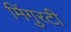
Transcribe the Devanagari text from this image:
मिंगुरटी